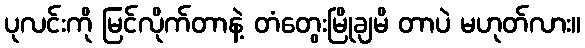
ပုလင်းကို မြင်လိုက်တာနဲ့ တံတွေးမြိုချမိ တာပဲ မဟုတ်လား။